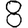
Digit: 8